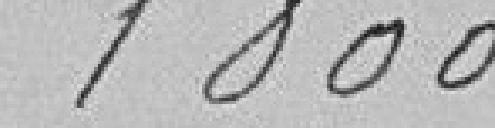
1800